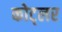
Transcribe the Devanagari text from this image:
कोट्लर